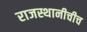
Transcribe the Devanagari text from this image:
राजस्थानीचीच